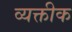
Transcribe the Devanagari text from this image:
व्यक्तीक